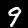
Label: 9